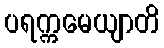
ပရက္ကမေယျာတိ